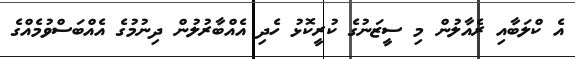
އެ ކްލަބާއި ރެއާލުން މި ސީޒަނުގެ ކުރީކޮޅު ހެދި އެއްބާރުލުން ދިނުމުގެ އެއްބަސްވުމެއްގެ